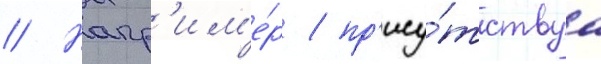
// Напр'им'е́р / пр'ису́тствуа